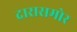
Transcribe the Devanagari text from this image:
दारासमोर